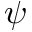
\psi